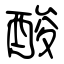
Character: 酸